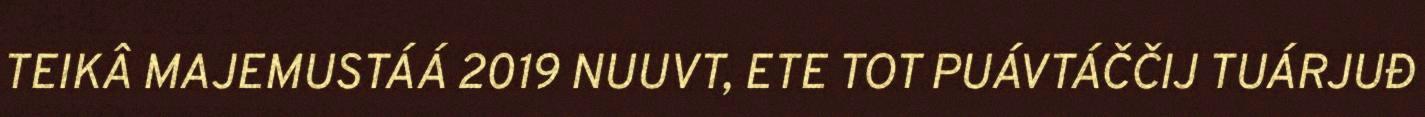
TEIKÂ MAJEMUSTÁÁ 2019 NUUVT, ETE TOT PUÁVTÁČČIJ TUÁRJUĐ